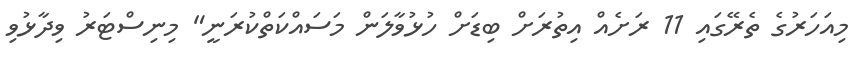
މިއަހަރުގެ ތެރޭގައި 11 ރަށެއް އިތުރަށް ބިޑަށް ހުޅުވާލަން މަސައްކަތްކުރަނީ" މިނިސްޓަރު ވިދާޅުވި